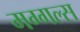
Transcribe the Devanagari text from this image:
मग्गल्स